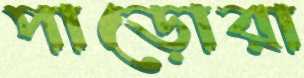
পাড়োরা